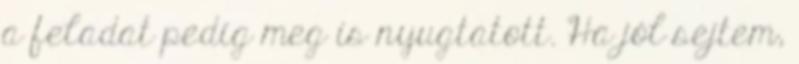
a feladat pedig meg is nyugtatott. Ha jól sejtem,